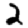
Digit: 2